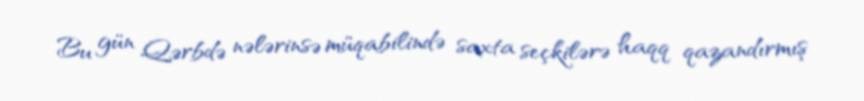
Bu gün Qərbdə nələrinsə müqabilində saxta seçkilərə haqq qazandırmış